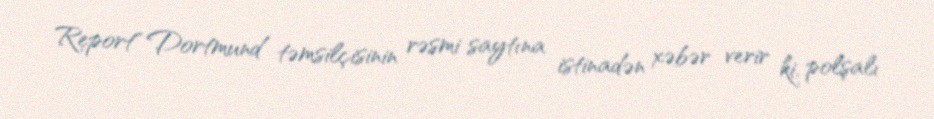
Report" Dortmund təmsilçisinin rəsmi saytına istinadən xəbər verir ki, polşalı